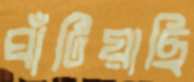
ঘাঁটিয়াছি